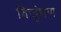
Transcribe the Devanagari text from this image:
विजृंभण